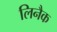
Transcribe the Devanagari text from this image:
लिनैक